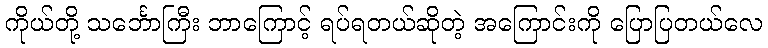
ကိုယ်တို့ သင်္ဘောကြီး ဘာကြောင့် ရပ်ရတယ်ဆိုတဲ့ အကြောင်းကို ပြောပြတယ်လေ